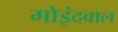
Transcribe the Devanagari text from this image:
गोइंदवाल